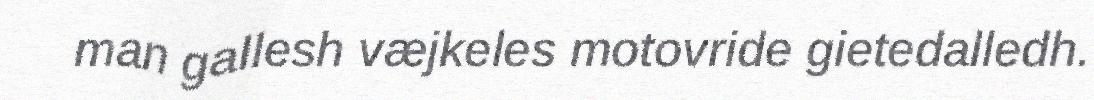
man gallesh væjkeles motovride gietedalledh.